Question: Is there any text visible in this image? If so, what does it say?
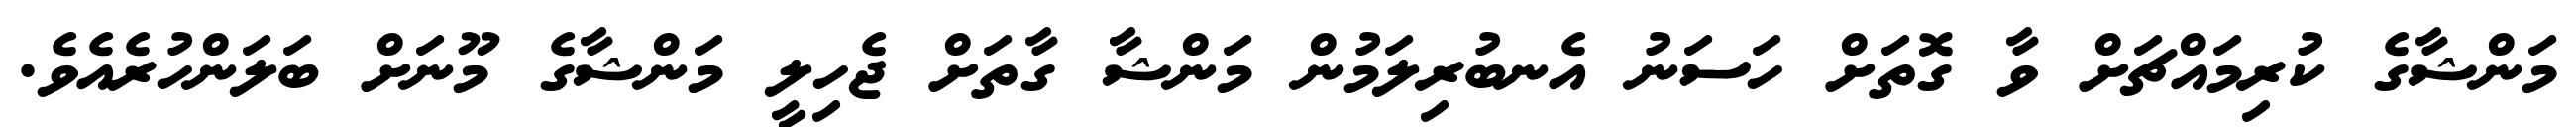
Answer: މަންޝާގެ ކުރިމައްޗަށް ވާ ގޮތަށް ހަސަނު އެނބުރިލަމުން މަންޝާ ގާތަށް ޖެހިލީ މަންޝާގެ މޫނަށް ބަލަންހުރެއެވެ.